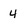
Character: 4